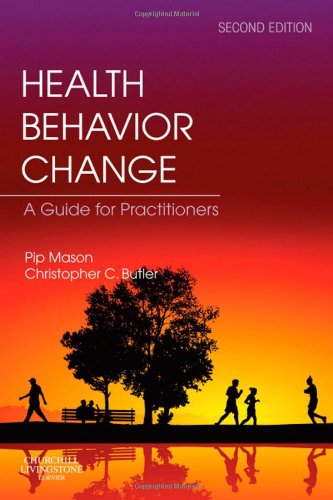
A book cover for Health Behavior Change, 2e; Pip Mason RGN  BSc(Econ)  MSocSc; Medical Books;